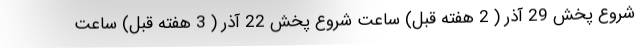
شروع پخش 29 آذر ( 2 هفته قبل) ساعت شروع پخش 22 آذر ( 3 هفته قبل) ساعت